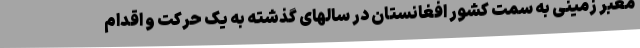
معبر زمینی به سمت کشور افغانستان در سالهای گذشته به یک حرکت و اقدام